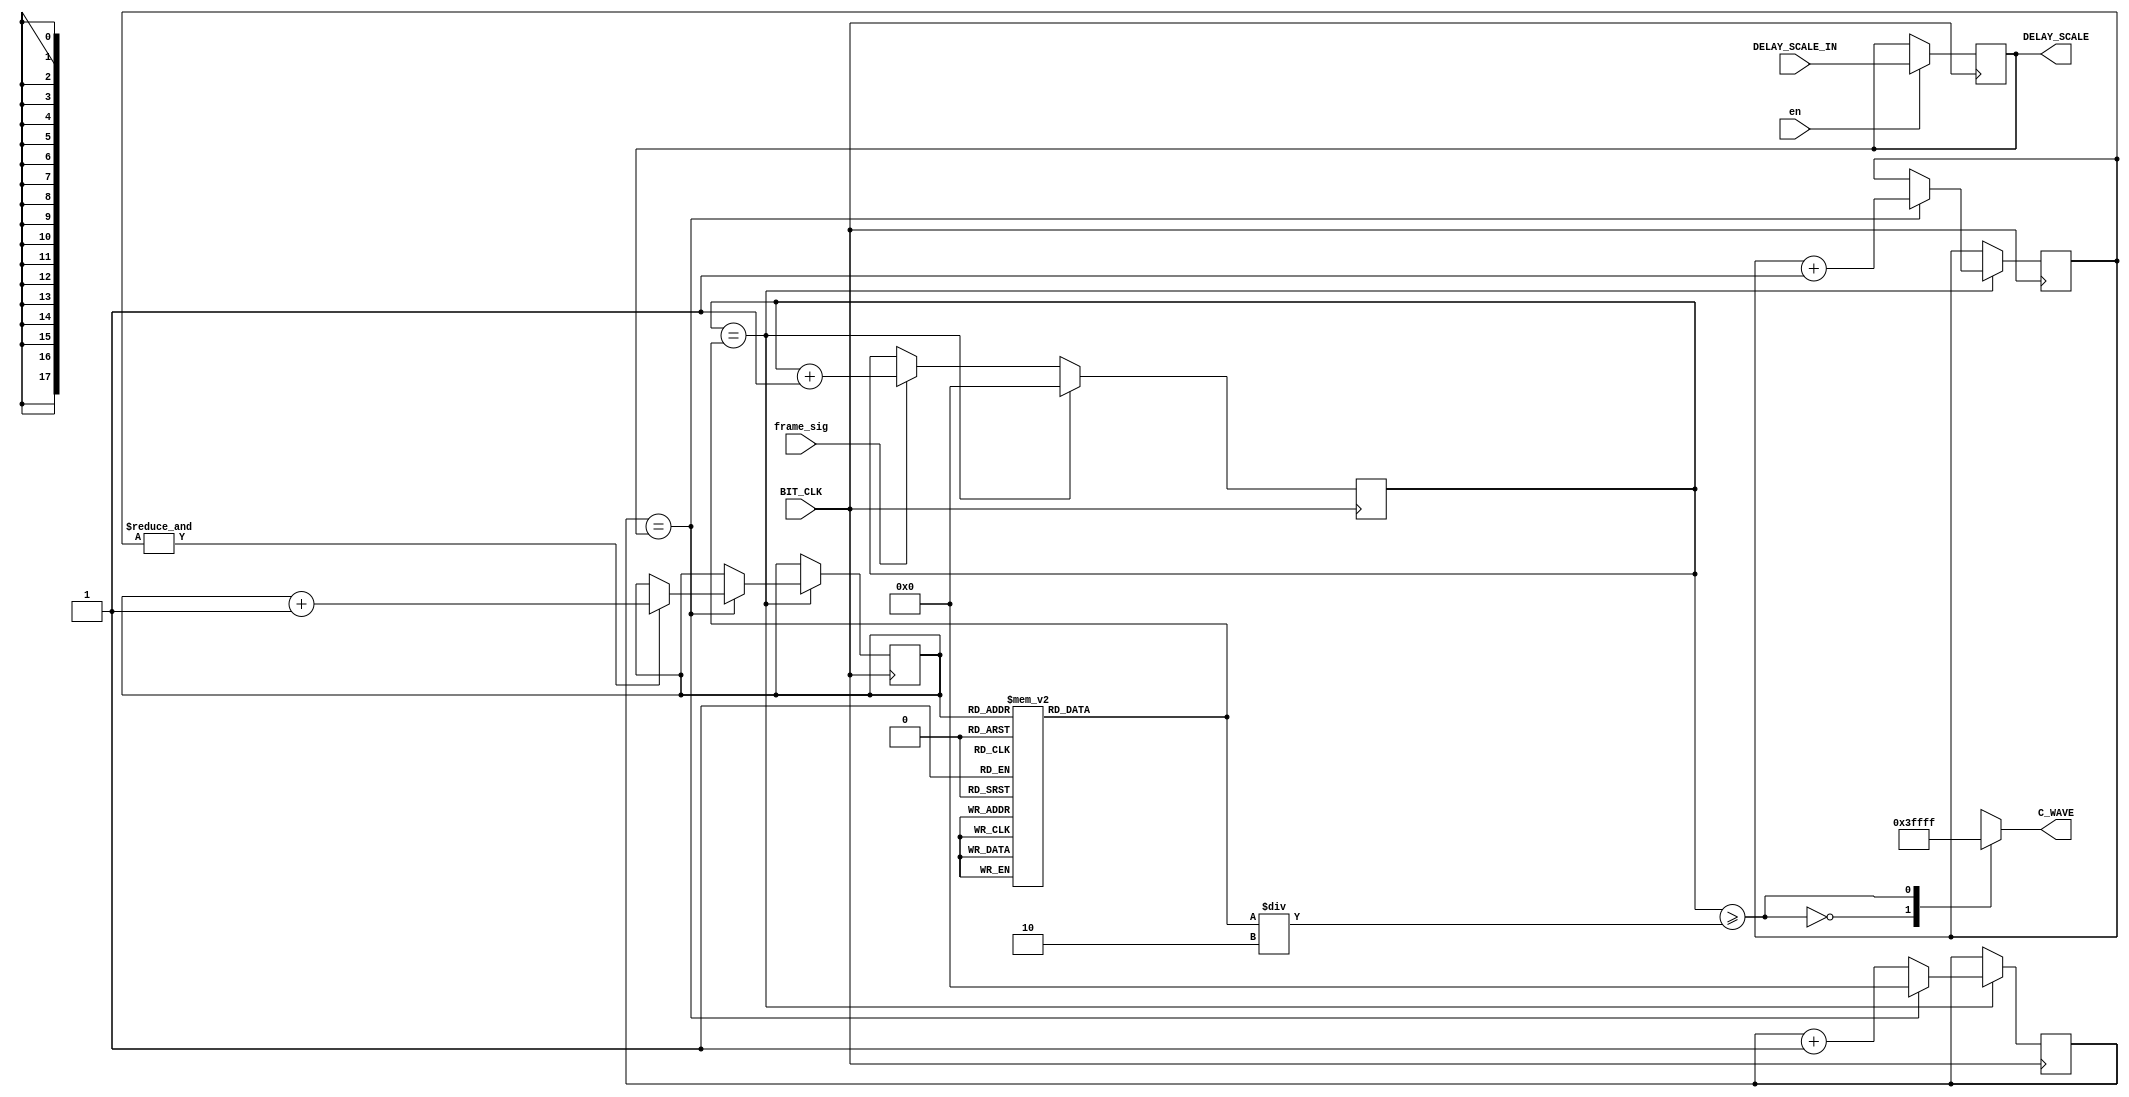
module Cust_wave(
	input BIT_CLK,
	input [6:0] DELAY_SCALE_IN,
	input frame_sig,
	input en,
	output reg [17:0] C_WAVE,
	output reg [6:0] DELAY_SCALE
    );
	 
	reg [6:0] FRAME_COUNT = 7'b0;
	reg [6:0] DELAY_COUNT = 7'b0;
	reg [3:0] DELAY_MAG = 4'b0;
	reg [2:0] NOTE_COUNT = 3'b0;
	
	always @(posedge BIT_CLK) begin
		if (FRAME_COUNT == NOTE_PERIOD) begin
			FRAME_COUNT <= 7'b0;
			DELAY_COUNT <= DELAY_COUNT + 1'b1;
			if (DELAY_COUNT == DELAY_SCALE) begin
				DELAY_COUNT <= 7'b0;
				DELAY_MAG <= DELAY_MAG + 1'b1;
				if (&DELAY_MAG)
					NOTE_COUNT <= NOTE_COUNT + 1'b1;
			end
		end else if (frame_sig)
			FRAME_COUNT <= FRAME_COUNT + 1'b1;
		
		if (en)
			DELAY_SCALE = DELAY_SCALE_IN;
	end
	
	reg [6:0] NOTE_PERIOD;
	
	always @(*)
		case (NOTE_COUNT)
			3'b000: NOTE_PERIOD = 7'd48;
			3'b001: NOTE_PERIOD = 7'd40;
			3'b010: NOTE_PERIOD = 7'd36;
			3'b011: NOTE_PERIOD = 7'd48;
			3'b100: NOTE_PERIOD = 7'd40;
			3'b101: NOTE_PERIOD = 7'd36;
			3'b110: NOTE_PERIOD = 7'd48;
			3'b111: NOTE_PERIOD = 7'd40;
		endcase
	
	always @(*)
		case (FRAME_COUNT >= NOTE_PERIOD / 7'd2)
			1'b0: C_WAVE = 18'b00_0000_0000_0000_0000;
			1'b1: C_WAVE = 18'b11_1111_1111_1111_1111;
		endcase

endmodule